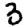
Digit: 3